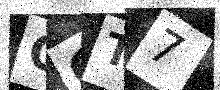
Text: CQT7